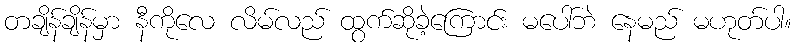
တချိန်ချိန်မှာ နီကိုလေ လိမ်လည် ထွက်ဆိုခဲ့ကြောင်း မပေါ်ဘဲ နေမည် မဟုတ်ပါ။